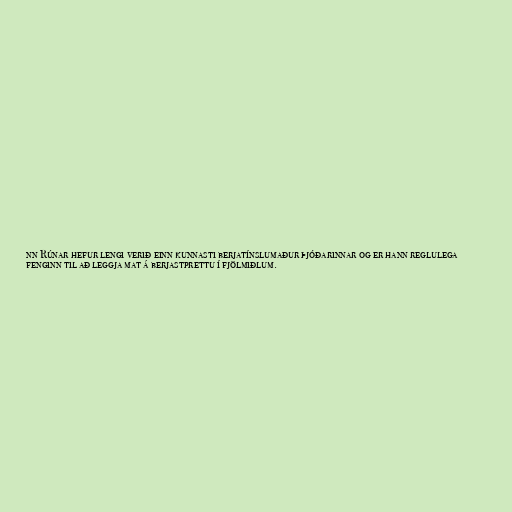
nn Rúnar hefur lengi verið einn kunnasti berjatínslumaður þjóðarinnar og er hann reglulega
fenginn til að leggja mat á berjastprettu í fjölmiðlum.